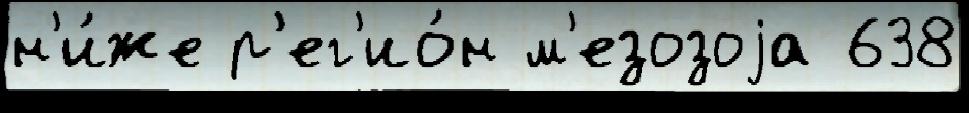
н'и́же р'ег'ио́н м'езозоjа 638